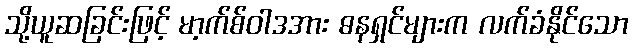
သို့ယူဆခြင်းဖြင့် မာ့က်စ်ဝါဒအား ဓနရှင်များက လက်ခံနိုင်သော